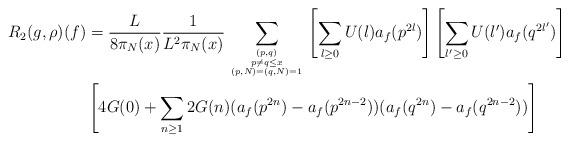
LaTeX: \begin{align*}R_2(g,\rho)(f) &= \frac{L}{8\pi_N(x)}\frac{1}{L^2 \pi_N(x)}\sum_{(p,q) \atop {p \neq q \leq x \atop{(p,N) = (q,N) = 1}}} \left[ \sum_{l \geq 0} U(l) a_f(p^{2l}) \right] \left[ \sum_{l' \geq 0} U(l') a_f(q^{2l'}) \right] \\&\left[4 G(0) + \sum_{n \geq 1} 2G(n)(a_f(p^{2n}) - a_f(p^{2n-2}))(a_f(q^{2n}) - a_f(q^{2n-2}))\right] \\\end{align*}